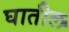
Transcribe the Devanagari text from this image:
घातील